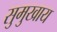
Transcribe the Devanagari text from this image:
सुमुखाय